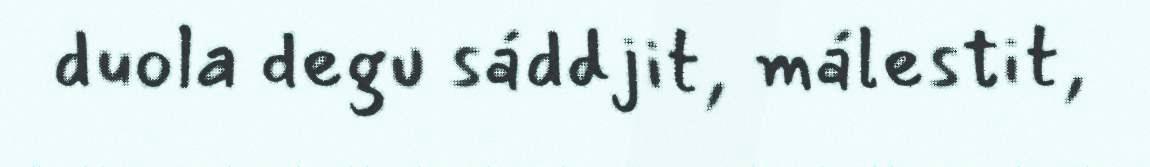
duola degu sáddjit, málestit,